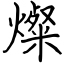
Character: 燦